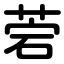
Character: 菪